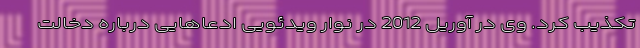
تکذیب کرد. وی در آوریل 2012 در نوار ویدئویی ادعاهایی درباره دخالت